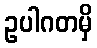
ဥပါဂတမှိ